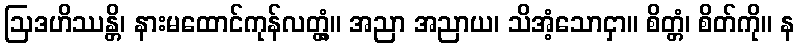
ဩဒဟိဿန္တိ၊ နားမထောင်ကုန်လတ္တံ့။ အညာ အညာယ၊ သိအံ့သောငှာ။ စိတ္တံ၊ စိတ်ကို။ န